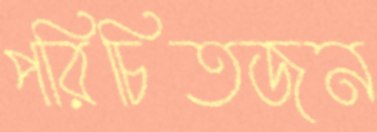
পরিচিতজন